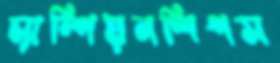
চ্যাম্পিয়নশিপস